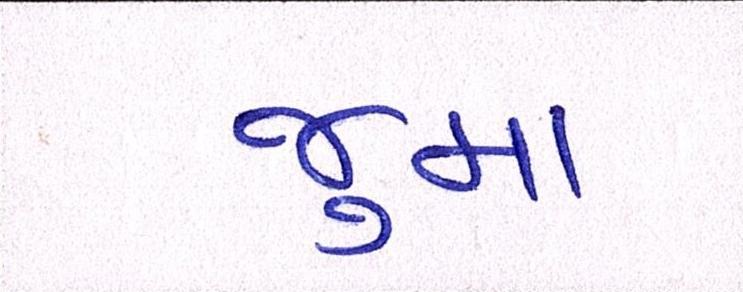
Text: જુમા